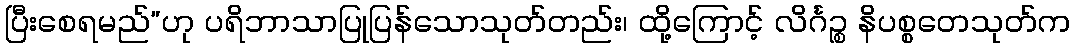
ပြီးစေရမည်”ဟု ပရိဘာသာပြုပြန်သောသုတ်တည်း၊ ထို့ကြောင့် လိင်္ဂဉ္စ နိပစ္စတေသုတ်က